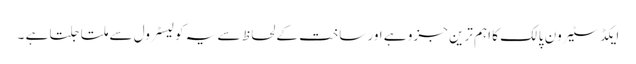
ایکڈسٹیرون پالک کا اہم ترین جزو ہے اور ساخت کے لحاظ سے یہ کولیسٹرول سے ملتا جلتا ہے ۔